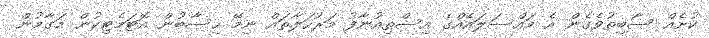
ކުށެއް ސާބިތުވެގެން އެ މައްސަލައެއްގެ އިސްތިއުނާފު މަރުހަލާތައް ނިމޭ ހިސާބުން އޮޓަމެޓިކުން މަގާމުން